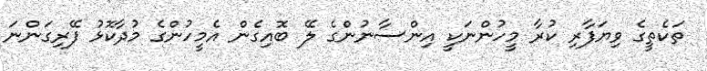
ތަކެތީގެ ވިޔަފާރި ކުރާ މީހުންނަކީ އިންސާނުންގެ ލޭ ބޮއިގެން އެމީހުންގެ މުދާކޮޅު ފޭރިގަންނަ